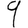
Digit: 9